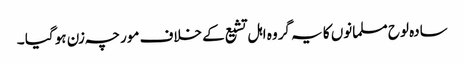
سادہ لوح مسلمانوں کا یہ گروہ اہل تشیع کے خلاف مورچہ زن ہو گیا ۔